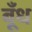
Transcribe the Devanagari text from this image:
बूँध